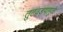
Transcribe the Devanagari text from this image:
तुटवड्यामुळे